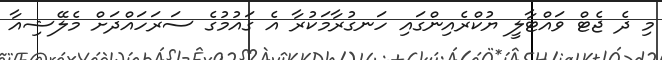
މި ދެ ޖެޓް ވައްޓާލީ ޔުކްރެއިންގައި ހަނގުރާމަކުރާ އެ ގައުމުގެ ސަރަހައްދަށް މެލޭޝިއާ